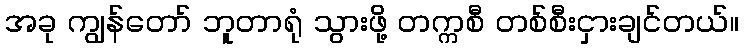
အခု ကျွန်တော် ဘူတာရုံ သွားဖို့ တက္ကစီ တစ်စီးငှားချင်တယ်။